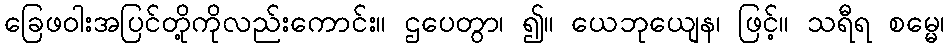
ခြေဖဝါးအပြင်တို့ကိုလည်းကောင်း။ ဌပေတွာ၊ ၍။ ယေဘုယျေန၊ ဖြင့်။ သရီရ စမ္မေ၊